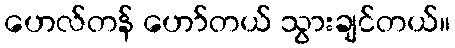
ဟေလ်တန် ဟော်တယ် သွားချင်တယ်။